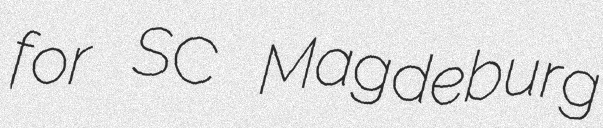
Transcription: for SC Magdeburg